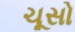
ચૂસો